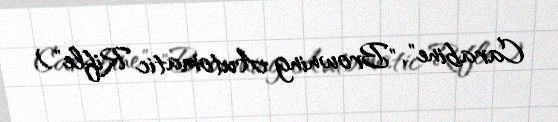
Carabine", "Browning Automatic Rifle").